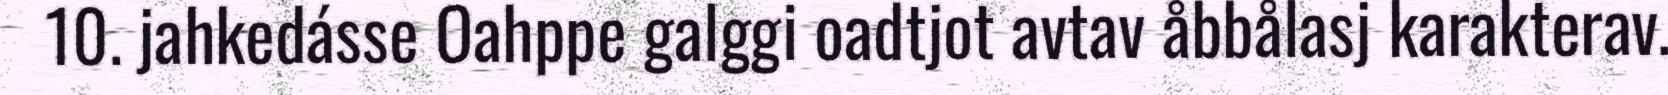
10. jahkedásse Oahppe galggi oadtjot avtav åbbålasj karakterav.